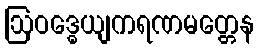
ဩဝဒ္ဓေယျကရဏမတ္တေန